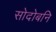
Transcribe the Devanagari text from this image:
सोदोबनि